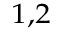
^ { 1 , 2 }